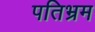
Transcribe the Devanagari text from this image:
पतिभ्रम